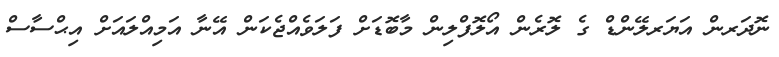
ނޮދަރން އަޔަރލޭންޑް ގެ ލޮރެން އޯލޮފްލިން މާބޮޑަށް ފަލަވެއްޖެކަން އޭނާ އަމިއްލައަށް އިޙްސާސް